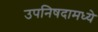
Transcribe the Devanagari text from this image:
उपनिषदामध्ये